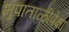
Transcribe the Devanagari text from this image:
भूपाताळीपेक्षा